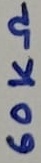
Text: 60KΩ